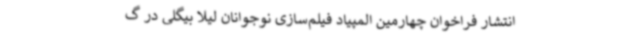
انتشار فراخوان چهارمین المپیاد فیلم‌سازی نوجوانان لیلا بیگلی در گ